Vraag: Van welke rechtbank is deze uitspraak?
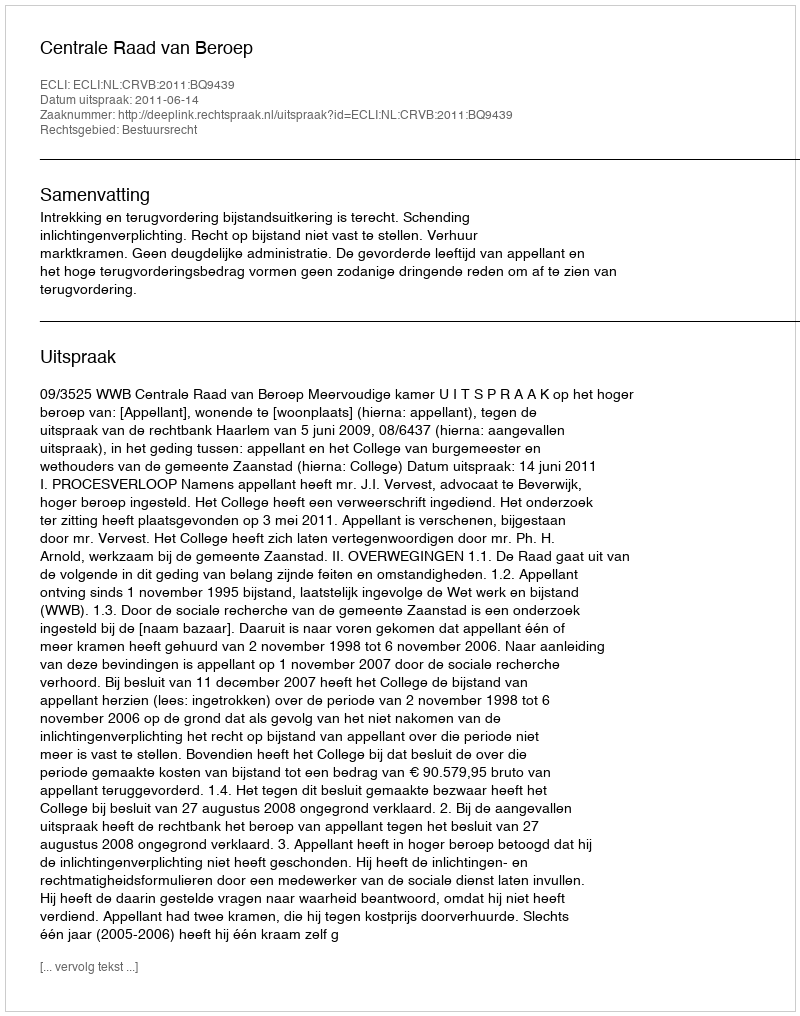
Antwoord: Centrale Raad van Beroep